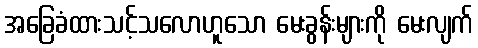
အခြေခံထားသင့်သလောဟူသော မေးခွန်းများကို မေးလျက်